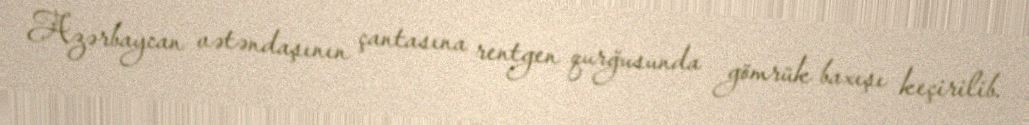
Azərbaycan vətəndaşının çantasına rentgen qurğusunda gömrük baxışı keçirilib.